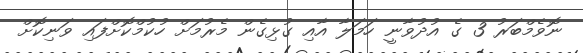
ނޮވެމްބަރު 3 ގެ އުދުވާނީ ހަމަލާ އާއި ގުޅިގެން މެރުމަށް ހުކުމްކޮށްފައި ވަނިކޮށް